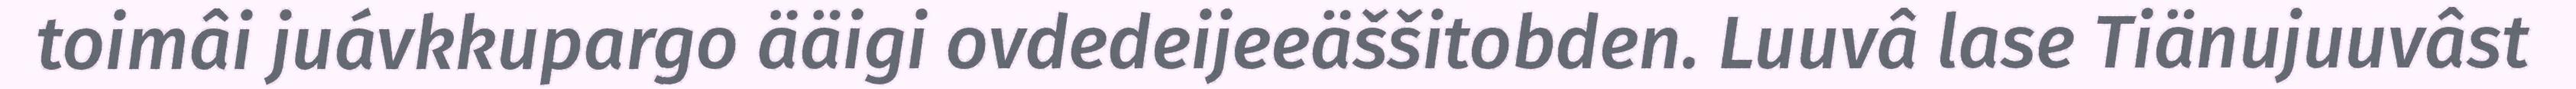
toimâi juávkkupargo ääigi ovdedeijeeäššitobden. Luuvâ lase Tiänujuuvâst